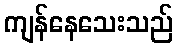
ကျန်နေသေးသည်